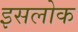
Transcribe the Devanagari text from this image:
इसलोक